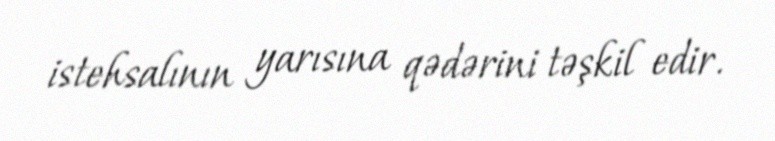
istehsalının yarısına qədərini təşkil edir.